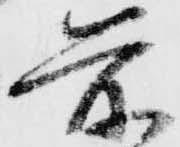
前